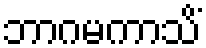
ဘာဂမကာသိံ